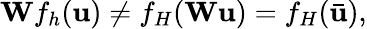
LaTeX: \mathbf{W}f_{h}(\mathbf{u})\neq f_{H}(\mathbf{W}\mathbf{u})=f_{H}(\bar{\mathbf{u}}),